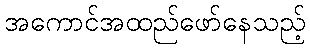
အကောင်အထည်ဖော်နေသည့်